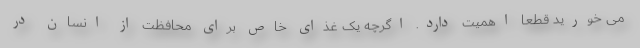
می خورید قطعا اهمیت دارد. اگرچه یک غذای خاص برای محافظت از انسان در